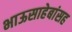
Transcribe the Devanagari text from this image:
भाऊसाहेबांसह